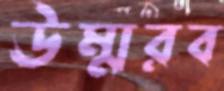
উম্মরব